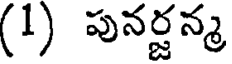
(1) పునర్జన్మ